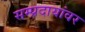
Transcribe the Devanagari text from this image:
सम्प्रदायांवर